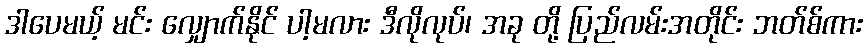
ဒါပေမယ့် မင်း လျှောက်နိုင် ပါ့မလား ဒီလိုလုပ်၊ အခု တို့ ပြည်လမ်းအတိုင်း ဘတ်စ်ကား